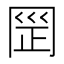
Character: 𰃪